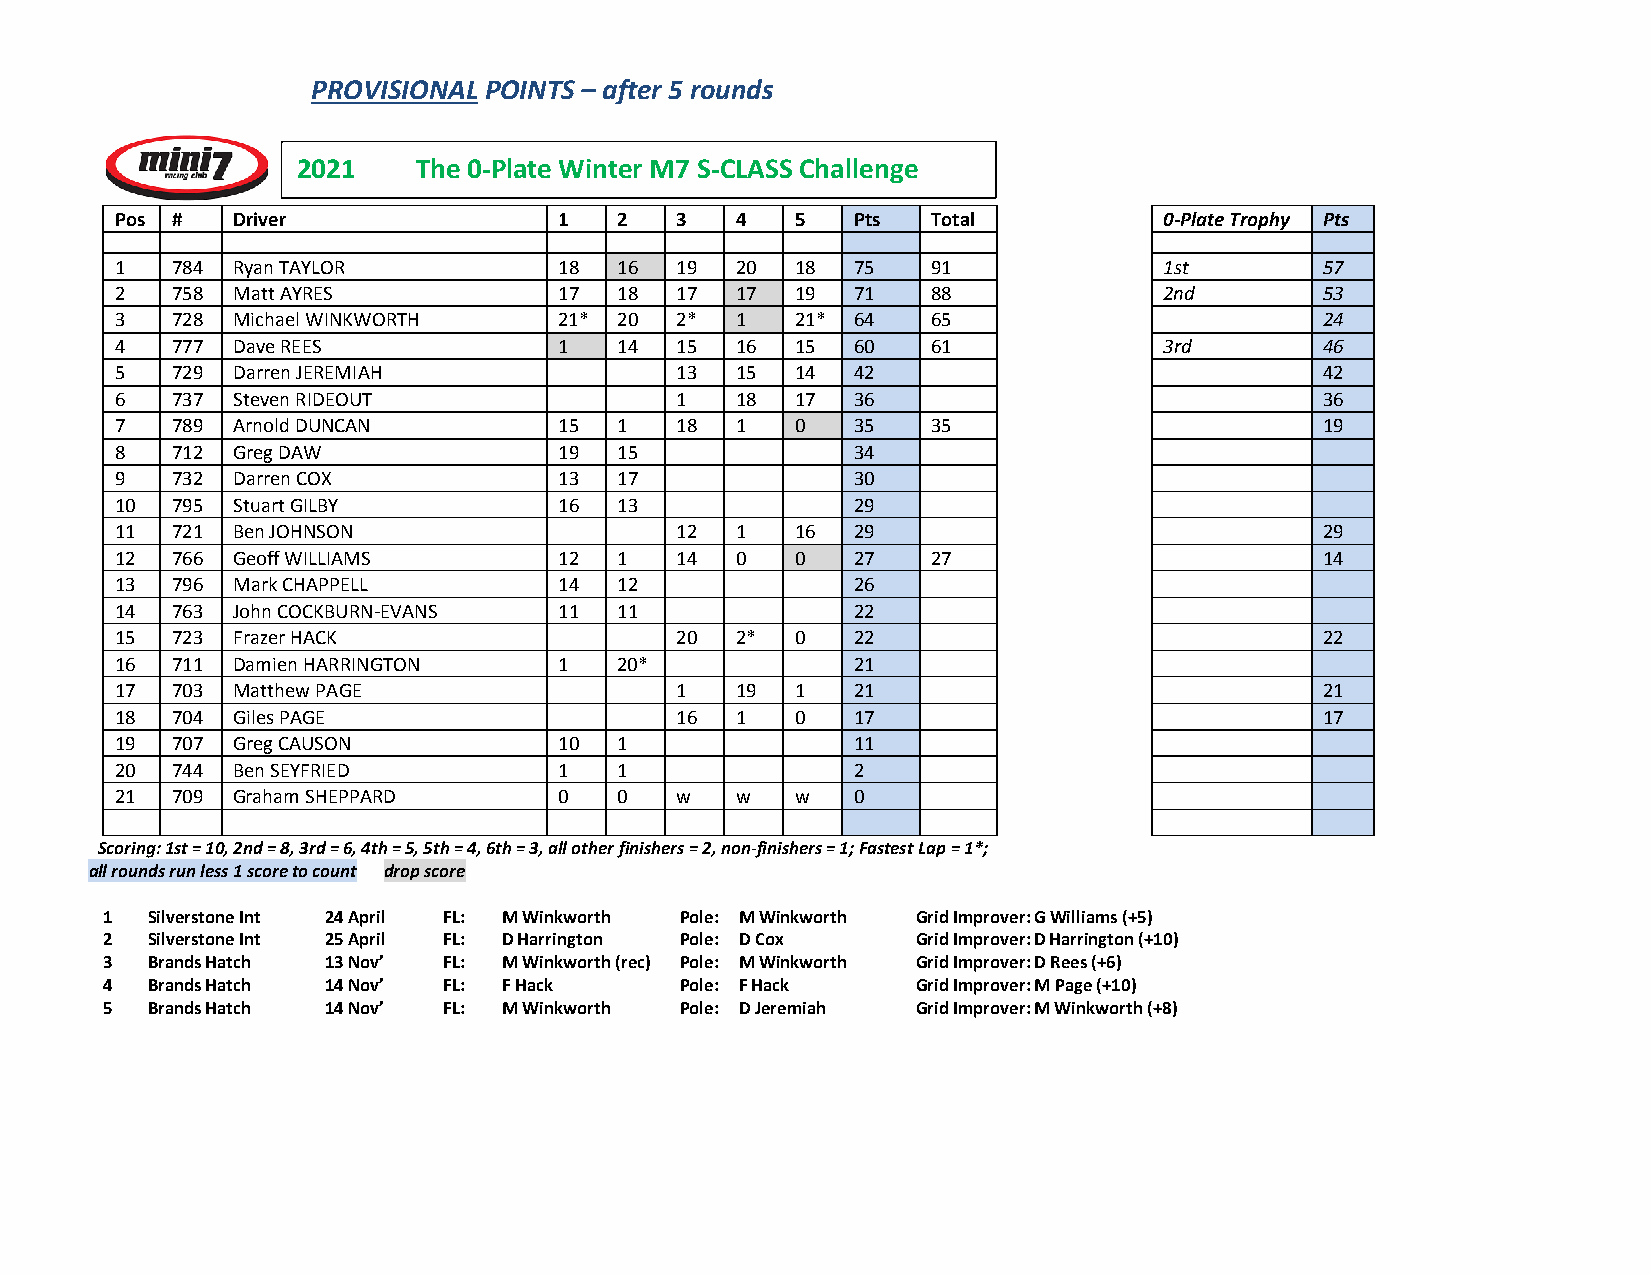
PROVISIONAL POINTS – after 5 rounds
 2021   The 0-Plate Winter M7 S-CLASS Challenge
 Pos #  Driver                1   2   3   4   5  Pts   Total          0-Plate Trophy Pts
 1  784 Ryan TAYLOR           18  16  19  20  18 75    91             1st        57
 2  758 Matt AYRES            17  18  17  17  19 71    88             2nd        53
 3  728 Michael WINKWORTH     21* 20  2*  1   21* 64   65                        24
 4  777 Dave REES             1   14  15  16  15 60    61             3rd        46
 5  729 Darren JEREMIAH               13  15  14 42                              42
 6  737 Steven RIDEOUT                1   18  17 36                              36
 7  789 Arnold DUNCAN         15  1   18  1   0  35    35                        19
 8  712 Greg DAW              19  15             34
 9  732 Darren COX            13  17             30
 10 795 Stuart GILBY          16  13             29
 11 721 Ben JOHNSON                   12  1   16 29                              29
 12 766 Geoff WILLIAMS        12  1   14  0   0  27    27                        14
 13 796 Mark CHAPPELL         14  12             26
 14 763 John COCKBURN-EVANS   11  11             22
 15 723 Frazer HACK                   20  2*  0  22                              22
 16 711 Damien HARRINGTON     1   20*            21
 17 703 Matthew PAGE                  1   19  1  21                              21
 18 704 Giles PAGE                    16  1   0  17                              17
 19 707 Greg CAUSON           10  1              11
 20 744 Ben SEYFRIED          1   1              2
 21 709 Graham SHEPPARD       0   0   w   w   w  0
 Scoring: 1st = 10, 2nd = 8, 3rd = 6, 4th = 5, 5th = 4, 6th = 3, all other finishers = 2, non-finishers = 1; Fastest Lap = 1*;
 all rounds run less 1 score to count drop score
 1  Silverstone Int 24 April FL: M Winkworth Pole: M Winkworth Grid Improver: G Williams (+5)
 2  Silverstone Int 25 April FL: D Harrington Pole: D Cox Grid Improver: D Harrington (+10)
 3  Brands Hatch 13 Nov’ FL: M Winkworth (rec) Pole: M Winkworth Grid Improver: D Rees (+6)
 4  Brands Hatch 14 Nov’ FL: F Hack    Pole: F Hack    Grid Improver: M Page (+10)
 5  Brands Hatch 14 Nov’ FL: M Winkworth Pole: D Jeremiah Grid Improver: M Winkworth (+8)